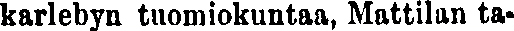
karlebyn tuomiokuntaa, Mattilan ta-